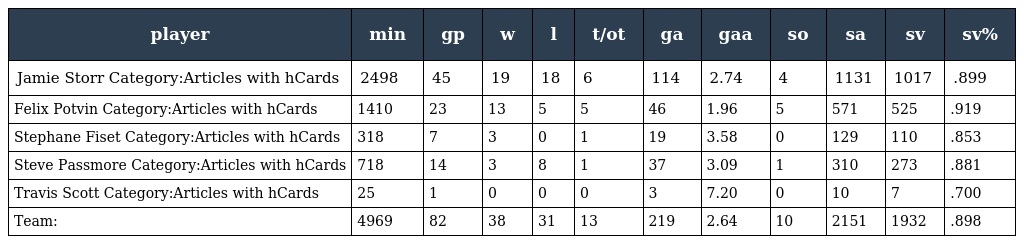
| player | min | gp | w | l | t/ot | ga | gaa | so | sa | sv | sv% |
 | --- | --- | --- | --- | --- | --- | --- | --- | --- | --- | --- | --- |
 | Jamie Storr Category:Articles with hCards | 2498 | 45 | 19 | 18 | 6 | 114 | 2.74 | 4 | 1131 | 1017 | .899 |
 | Felix Potvin Category:Articles with hCards | 1410 | 23 | 13 | 5 | 5 | 46 | 1.96 | 5 | 571 | 525 | .919 |
 | Stephane Fiset Category:Articles with hCards | 318 | 7 | 3 | 0 | 1 | 19 | 3.58 | 0 | 129 | 110 | .853 |
 | Steve Passmore Category:Articles with hCards | 718 | 14 | 3 | 8 | 1 | 37 | 3.09 | 1 | 310 | 273 | .881 |
 | Travis Scott Category:Articles with hCards | 25 | 1 | 0 | 0 | 0 | 3 | 7.20 | 0 | 10 | 7 | .700 |
 | Team: | 4969 | 82 | 38 | 31 | 13 | 219 | 2.64 | 10 | 2151 | 1932 | .898 |